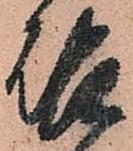
啓